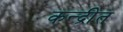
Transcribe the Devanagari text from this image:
कन्द्रीत